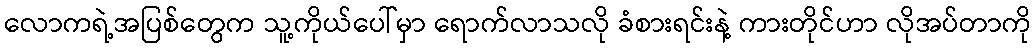
လောကရဲ့အပြစ်တွေက သူ့ကိုယ်ပေါ်မှာ ရောက်လာသလို ခံစားရင်းနဲ့ ကားတိုင်ဟာ လိုအပ်တာကို